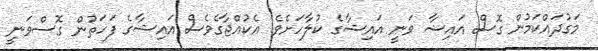
މަގުދައްކަމުން ގޮސް އައިޝާ ވަނީ އައިޝާގެ ކުލާާހަށެވެ. އެކުއްޖާގެވެސް އައިޝާގެ ފަހަތުން ގޮސްވަނީ